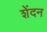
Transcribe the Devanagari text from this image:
शेंदन